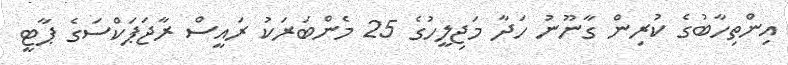
އިންތިހާބުގެ ކުރިން ގާނޫނު ހަދާ މަޖިލީހުގެ 25 މެންބަރަކު ރައީސް ރާޖަޕަކްސަގެ ޕާޓީ